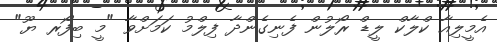
އެމީލިއާ ކްލާކް ލީޑް ރޯލުން ފެނިގެންދާ ފިލްމު ކަމަށްވާ "މީ ބިފޯރ ޔޫ"